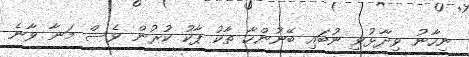
ނިހާނު ވިދާޅުވީ ނުބައި ބޭނުންހާ ތާކު ޕާކު ކުރުން ވެސް މަނާ ވާނެ